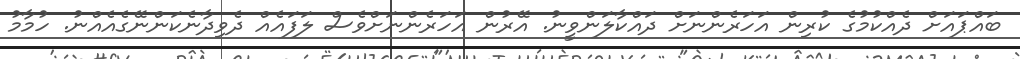
ބައްޕައަށް ދެއްކުމުގެ ކުރިން އަހަރެންނަށް ދައްކާލަންވީނު. އޭރުން އަހަރެންނަށްވެސް ލަފައެއް ދެވިދާނެކަންނޭގެއެއްނު. ހުމާމު